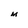
Character: M